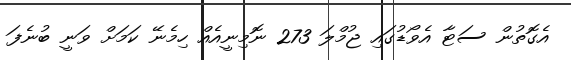
އެގޮތުން ސަޓާ އެވޯޑުގައި ޖުމްލަ 273 ނޮމިނީއެއް ހިމެނޭ ކަމަށް ވަނީ ބުނެފަ